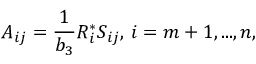
A _ { i j } = { \frac { 1 } { b _ { 3 } } } R _ { i } ^ { * } S _ { i j } , \, i = m + 1 , . . . , n ,